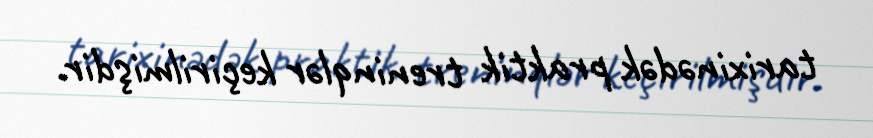
tarixinədək praktik treninqlər keçirilmişdir.